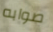
صوابه